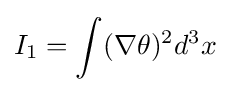
I_{1}=\int (\nabla \theta )^{2}d^{3}x